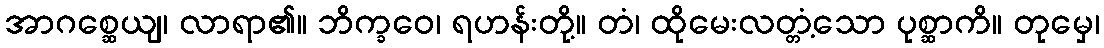
အာဂစ္ဆေယျ၊ လာရာ၏။ ဘိက္ခဝေ၊ ရဟန်းတို့။ တံ၊ ထိုမေးလတ္တံ့သော ပုစ္ဆာကိ။ တုမှေ၊